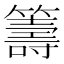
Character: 籌